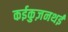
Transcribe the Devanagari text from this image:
कईकुज़नथई